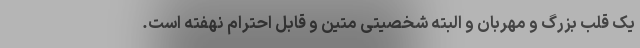
یک قلب بزرگ و مهربان و البته شخصیتی متین و قابل احترام نهفته است.